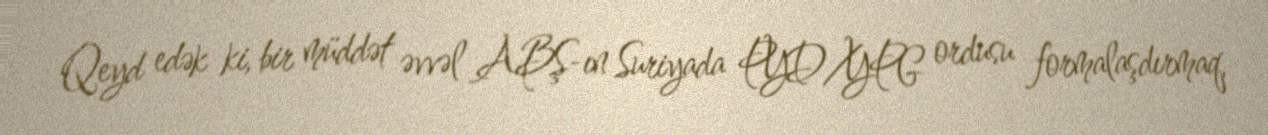
Qeyd edək ki, bir müddət əvvəl ABŞ-ın Suriyada PYD/YPG ordusu formalaşdırmaq,